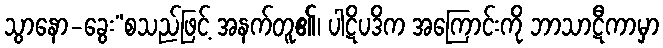
သွာနော-ခွေး”စသည်ဖြင့် အနက်တူ၏၊ ပါဋိပဒိက အကြောင်းကို ဘာသာဋီကာမှာ